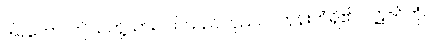
ဒါရကော၊ ဤသတို့သားငယ်သည်။ ပုညဝါ၊ ဘုန်းကံရှိ၏။ ပဋိဇဂ္ဂိတုံ၊